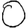
Digit: 0